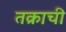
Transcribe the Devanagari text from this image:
तक्राची